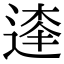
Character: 𨔱